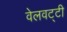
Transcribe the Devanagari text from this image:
वेलवट्टी